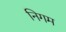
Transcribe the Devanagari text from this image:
निगम